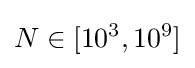
N\in [10^{3},10^{9}]